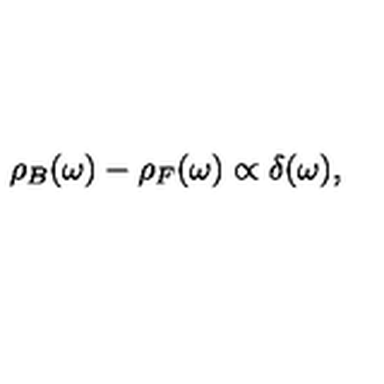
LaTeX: \rho _ { B } ( \omega ) - \rho _ { F } ( \omega ) \propto \delta ( \omega ) ,